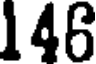
146